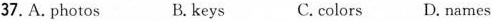
37.A. photos B. keys C. colors D. names